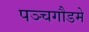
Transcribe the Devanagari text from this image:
पञ्चगौडमे